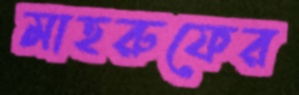
মাহরুফের